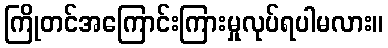
ကြိုတင်အကြောင်းကြားမှုလုပ်ရပါမလား။